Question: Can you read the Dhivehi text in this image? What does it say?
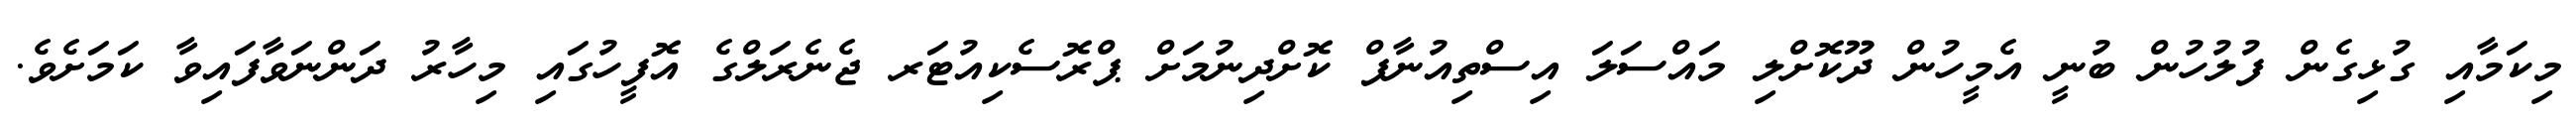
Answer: މިކަމާއި ގުޅިގެން ފުލުހުން ބުނީ އެމީހުން ދޫކޮށްލި މައްސަލަ އިސްތިއުނާފް ކޮށްދިނުމަށް ޕްރޮސެކިއުޓަރ ޖެނެރަލްގެ އޮފީހުގައި މިހާރު ދަންނަވާފައިވާ ކަމަށެވެ.